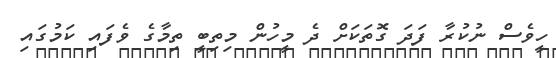
ހީވެސް ނުކުރާ ފަދަ ގޮތަކަށް ދެ މީހުން މިތިބީ ތިމާގެ ވެފައި ކަމުގައި